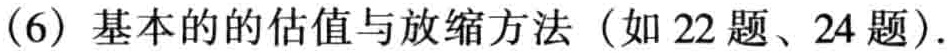
(6) 基本的的估值与放缩方法（如 22 题、24 题）.